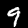
Digit: 9